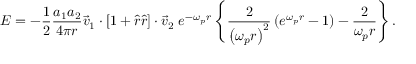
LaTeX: E = - { \frac { 1 } { 2 } } { \frac { a _ { 1 } a _ { 2 } } { 4 \pi r } } { \vec { v } } _ { 1 } \cdot \left[ 1 + { \hat { r } } { \hat { r } } \right] \cdot { \vec { v } } _ { 2 } \; e ^ { - \omega _ { p } r } \left\{ { \frac { 2 } { \left( \omega _ { p } r \right) ^ { 2 } } } \left( e ^ { \omega _ { p } r } - 1 \right) - { \frac { 2 } { \omega _ { p } r } } \right\} .